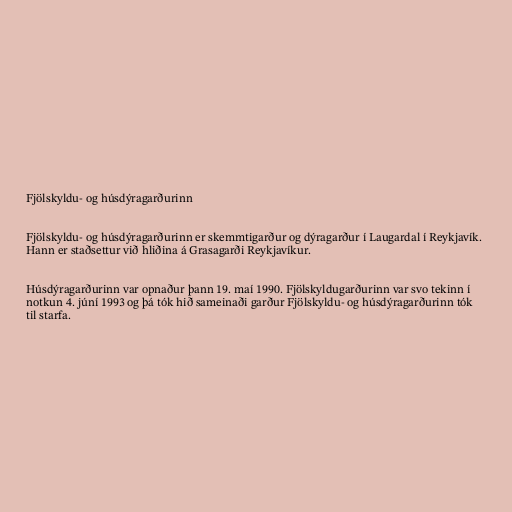
Fjölskyldu- og húsdýragarðurinn

Fjölskyldu- og húsdýragarðurinn er skemmtigarður og dýragarður í Laugardal í Reykjavík.
Hann er staðsettur við hliðina á Grasagarði Reykjavíkur.

Húsdýragarðurinn var opnaður þann 19. maí 1990. Fjölskyldugarðurinn var svo tekinn í
notkun 4. júní 1993 og þá tók hið sameinaði garður Fjölskyldu- og húsdýragarðurinn tók
til starfa.